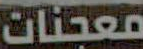
معجنات